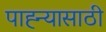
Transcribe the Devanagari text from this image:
पाह्न्यासाठी